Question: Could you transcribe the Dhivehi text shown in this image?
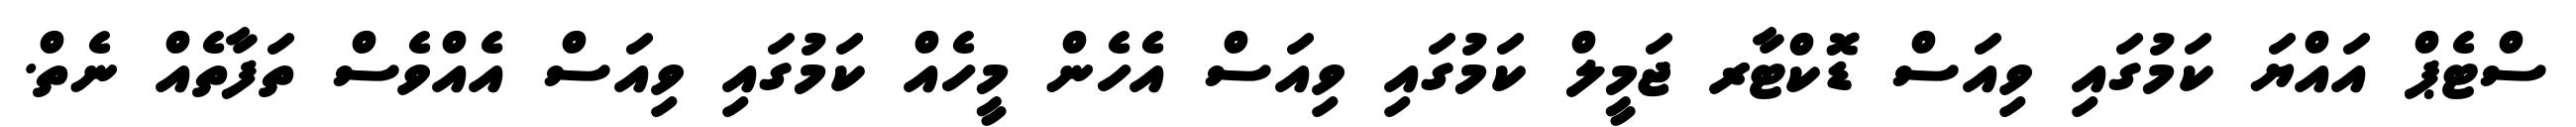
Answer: ސްޓެޕް އައްޔަ ކަމުގައި ވިއަސް ޑޮކްޓާރ ޖަމީލް ކަމުގައި ވިއަސް އެހެން މީހެއް ކަމުގައި ވިއަސް އެއްވެސް ތަފާތެއް ނެތް.